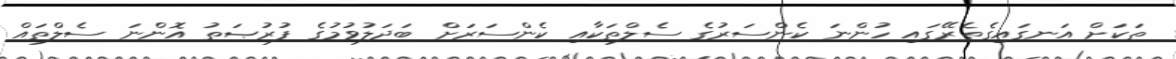
ތަކަށް އަނގައިގެތެރޭގައި ހުންނަ ކެންސަރުގެ ސެލްތަކާއި ކެންސަރަށް ބަދަލުވުމުގެ ފުރުޞަތު އޮންނަ ސެލްތައް